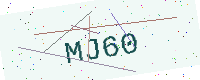
Text: MJ60